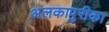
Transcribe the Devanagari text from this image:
अलकापुरीका